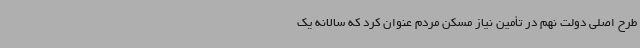
طرح اصلی دولت نهم در تأمین نیاز مسکن مردم عنوان کرد که سالانه یک